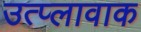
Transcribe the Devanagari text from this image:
उत्प्लावाक